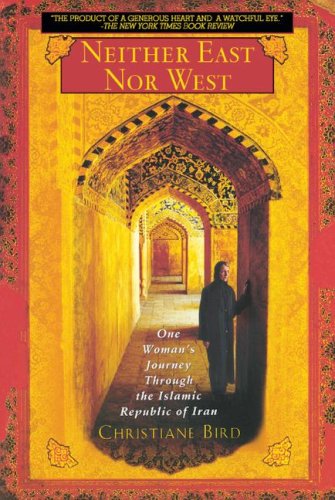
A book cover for Neither East Nor West: One Woman's Journey Through the Islamic Republic of Iran; Christiane Bird; Travel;